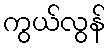
ကွယ်လွန်